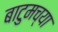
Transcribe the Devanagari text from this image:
बाटुमच्या